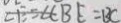
\angle E = \angle C B E = B C